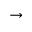
\rightarrow